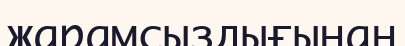
жарамсыздығынан